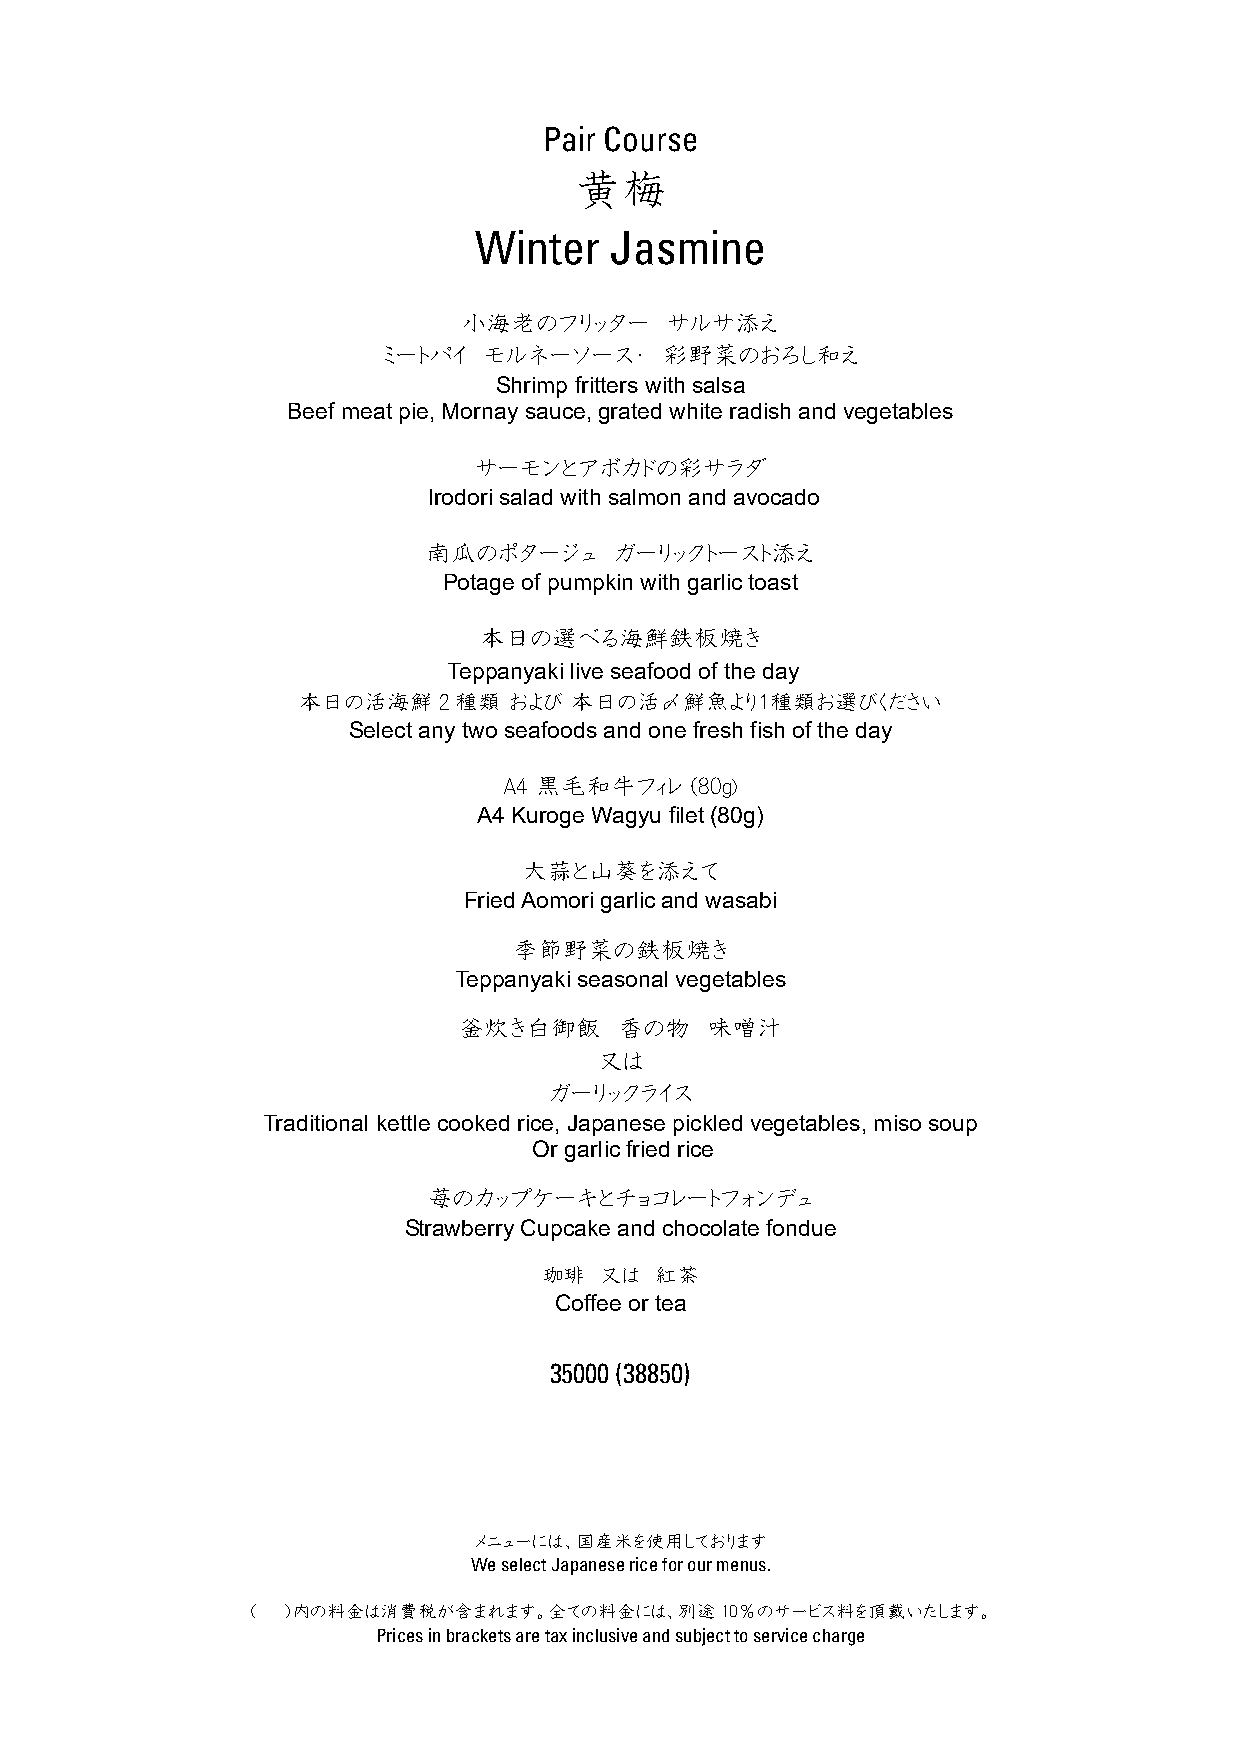
Pair Course
 黄梅
 Winter   Jasmine
 小海老のフリッター    サルサ添え
 ミートパイ  モルネーソース・    彩野菜のおろし和え
 Shrimp fritters with salsa
 Beef meat pie, Mornay sauce, grated white radish and vegetables
 サーモンとアボカドの彩サラダ
 Irodori salad with salmon and avocado
 南瓜のポタージュ     ガーリックトースト添え
 Potage of pumpkin with garlic toast
 本日の選べる海鮮鉄板焼き
 Teppanyaki live seafood of the day
 本日の活海鮮2種類     および 本日の活〆鮮魚より１種類お選びください
 Select any two seafoods and one fresh fish of the day
 A4 黒毛和牛フィレ   (80g)
 A4 Kuroge Wagyu filet (80g)
 大蒜と山葵を添えて
 Fried Aomori garlic and wasabi
 季節野菜の鉄板焼き
 Teppanyaki seasonal vegetables
 釜炊き白御飯     香の物   味噌汁
 又は
 ガーリックライス
 Traditional kettle cooked rice, Japanese pickled vegetables, miso soup
 Or garlic fried rice
 苺のカップケーキとチョコレートフォンデュ
 Strawberry Cupcake and chocolate fondue
 珈琲  又は 紅茶
 Coffee or tea
 35000 (38850)
 メニューには、国産米を使用しております
 We select Japanese rice for our menus.
 （  ）内の料金は消費税が含まれます。全ての料金には、別途10％のサービス料を頂戴いたします。
 Prices in brackets are tax inclusive and subject to service charge